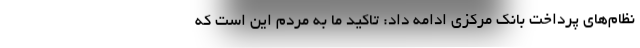
نظام‌های پرداخت بانک مرکزی ادامه داد: تاکید ما به مردم این است که